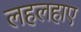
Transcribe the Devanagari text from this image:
लहलहाए